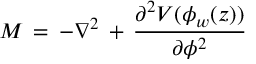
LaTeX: { \cal M } \, = \, - \nabla ^ { 2 } \, + \, \frac { \partial ^ { 2 } V ( \phi _ { w } ( z ) ) } { \partial \phi ^ { 2 } }